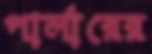
পার্লারের